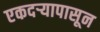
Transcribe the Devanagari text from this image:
एकदर्‍यापासून